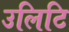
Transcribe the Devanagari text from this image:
उलिटि